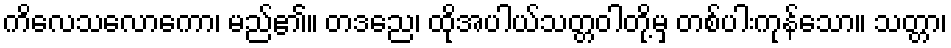
ကိလေသလောကော၊ မည်၏။ တဒညေ၊ ထိုအပါယ်သတ္တဝါတို့မှ တစ်ပါးကုန်သော။ သတ္တာ၊